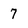
Character: 7